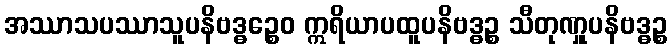
အဿာသပဿာသူပနိဗဒ္ဓဉ္စေဝ ဣရိယာပထူပနိဗဒ္ဓဉ္စ သီတုဏှူပနိဗဒ္ဓဉ္စ